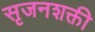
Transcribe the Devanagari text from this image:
सृजनशक्ती